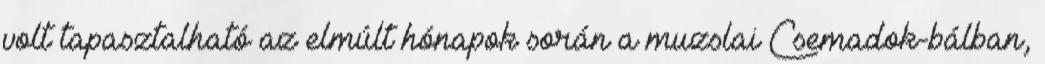
volt tapasztalható az elmúlt hónapok során a muzslai Csemadok-bálban,